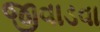
જીવાડવા